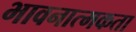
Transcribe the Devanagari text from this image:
भावनात्मकता